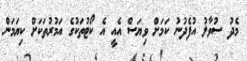
މެދު ސުވާލު އުފެދުނު ކަމަށް ވިޔަސް އެއީ އެ ކޯޓުތަކުގެ އަމުރުތަކަށް ކިޔަމަން